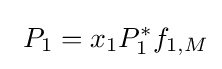
\ P_{1}=x_{1}P_{1}^{*}f_{1,M}